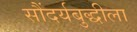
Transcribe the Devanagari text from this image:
सौंदर्यबुद्धीला